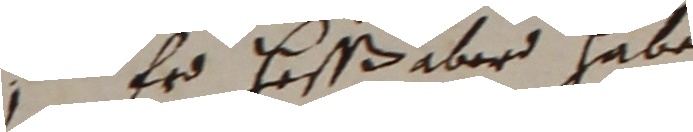
Er haßs aber habe